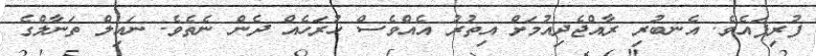
ފުރިފައެވެ. އެނބުރި ރާއްޖެދިއުމަށް އިތުރު އެއްވެސް ހުރަހެއް ދެން ނެތެވެ. ނައިލް ތަނާލްގެ